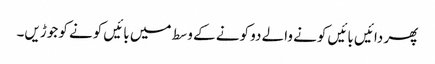
پھر دائیں بائیں کونے والے دو کونے کے وسط میں بائیں کونے کو جوڑیں۔